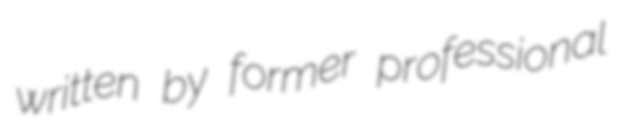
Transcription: written by former professional